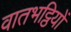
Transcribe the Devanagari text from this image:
वातभट्ठियों